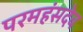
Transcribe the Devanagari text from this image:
परमहंसदेव